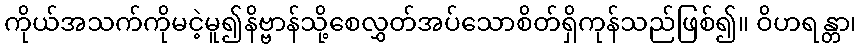
ကိုယ်အသက်ကိုမငဲ့မူ၍နိဗ္ဗာန်သို့စေလွှတ်အပ်သောစိတ်ရှိကုန်သည်ဖြစ်၍။ ဝိဟရန္တာ၊